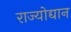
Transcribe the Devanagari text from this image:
राज्योद्यान